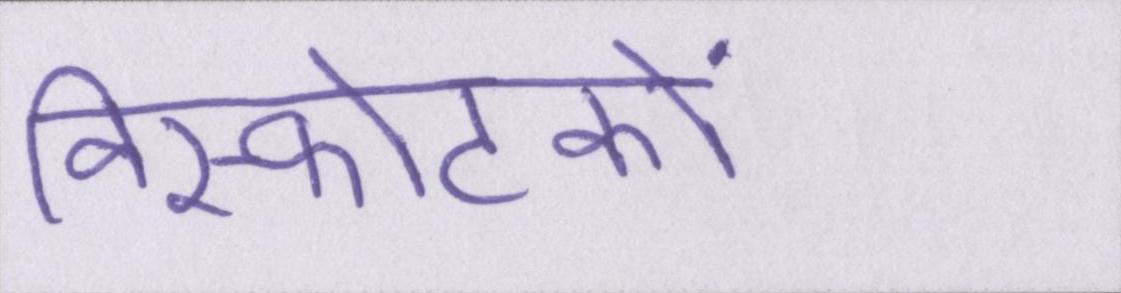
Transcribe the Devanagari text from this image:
विस्फोटकों